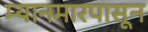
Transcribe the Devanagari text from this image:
म्यानमारपासून